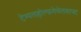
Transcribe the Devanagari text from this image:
टेम्पलहोल्फ़गेसेलशाफ्ट